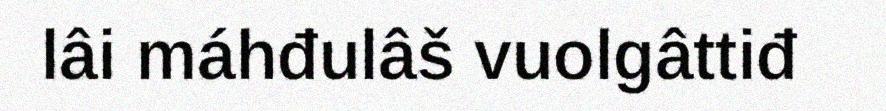
lâi máhđulâš vuolgâttiđ